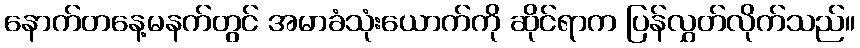
နောက်တနေ့မနက်တွင် အမာခံသုံးယောက်ကို ဆိုင်ရာက ပြန်လွှတ်လိုက်သည်။